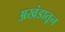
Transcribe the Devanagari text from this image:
अखंडातून